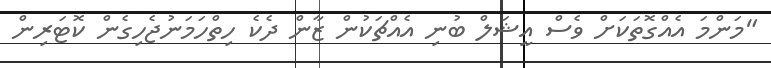
"މަންމަ އެއްގޮތަކަށް ވެސް އީޝަލް ބުނި އެއްޗަކުން ޒާން ދެކެ ހިތްހަމަނުޖެހިގެން ކޮޓަރިން